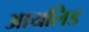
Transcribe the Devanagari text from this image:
आयलिड